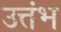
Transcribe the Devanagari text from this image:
उत्तंभ